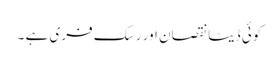
کوئی ڈیٹا نقصان اور رسک فری ہے ۔